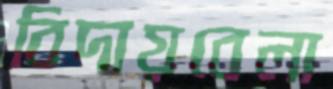
বিদায়বেলা